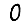
Digit: 0